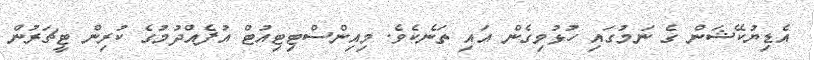
އެޑިޔުކޭޝަން ގެ ނަމުގައި ހުޅުވިގެން އައި ތަނެކެވެ. މިއިންސްޓިޓިއުޓް އުފެއްދުމުގެ ކުރިން ޓީޗަރުން